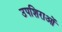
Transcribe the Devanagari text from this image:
उपशिराओं